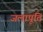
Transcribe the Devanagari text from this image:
जलापूति